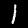
Label: 1